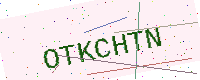
Text: OTKCHTN